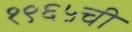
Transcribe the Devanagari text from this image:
१९६५ची